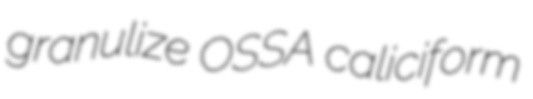
granulize OSSA caliciform